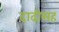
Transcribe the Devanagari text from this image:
दाढीसह